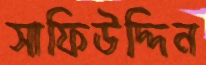
সাফিউদ্দিন